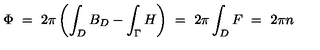
\Phi \ = \ 2 \pi \left( \int _ { D } B _ { D } - \int _ { \Gamma } H \right) \ = \ 2 \pi \int _ { D } F \ = \ 2 \pi n